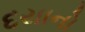
દયાનો